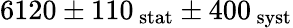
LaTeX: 6120\pm 110\mathrm{_{\, stat}}\pm 400\mathrm{_{\, syst}}